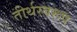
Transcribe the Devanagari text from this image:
तीर्थस्वरूप